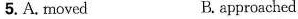
5.A, tmoved B. approaehed